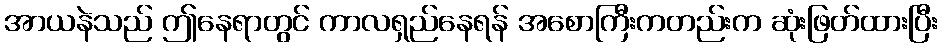
အာယနဲသည် ဤနေရာတွင် ကာလရှည်နေရန် အစောကြီးကတည်းက ဆုံးဖြတ်ထားပြီး